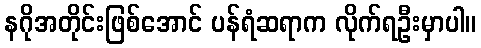
နဂိုအတိုင်းဖြစ်အောင် ပန်ရံဆရာက လိုက်ရဦးမှာပါ။